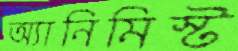
অ্যানিমিস্ট